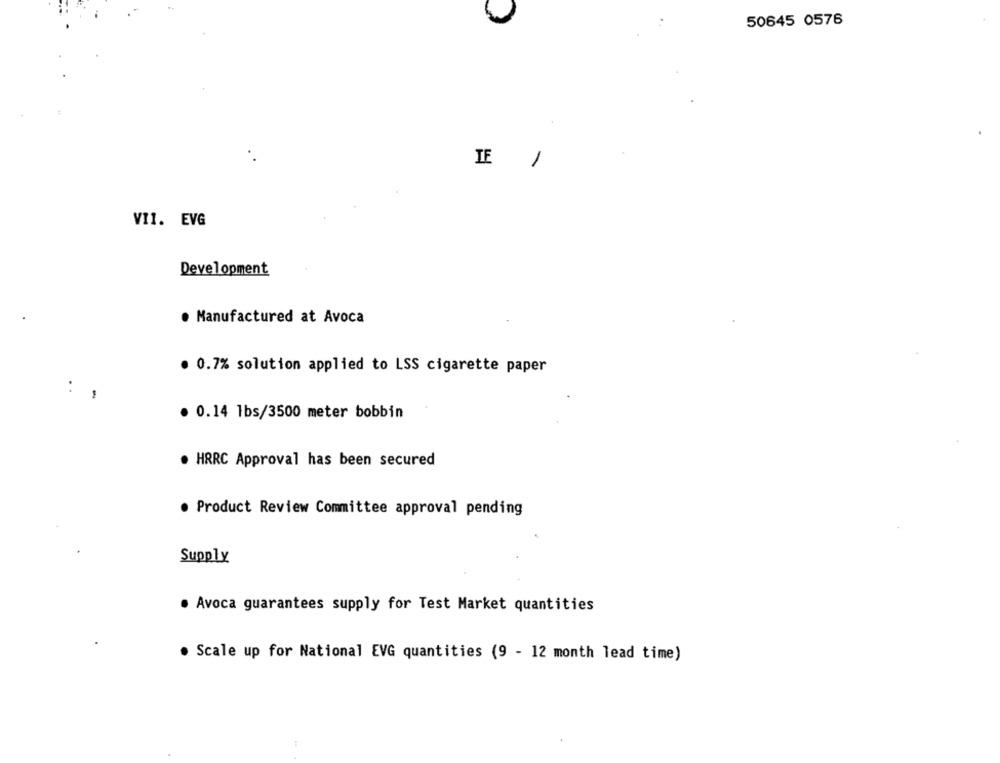
50645 0576
TE
1
VII. EVG
Development
· Manufactured at Avoca
· 0.7% solution applied to LSS cigarette paper
:
. 0.14 1bs/3500 meter bobbin
. HRRC Approval has been secured
· Product Review Committee approval pending
Supply
Avoca guarantees supply for Test Market quantities
Scale up for National EVG quantities (9 - 12 month lead time)